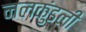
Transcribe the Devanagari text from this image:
नलकुंडली